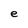
Character: e